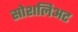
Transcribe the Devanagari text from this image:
सोशलिअट